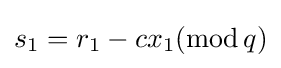
s_{1}=r_{1}-cx_{1}(\mathrm {mod} \,q)